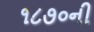
૧૮૭૦ની